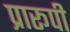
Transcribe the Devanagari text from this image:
प्रारूपी